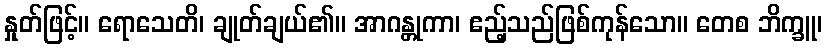
နှုတ်ဖြင့်။ ရောသေတိ၊ ချုတ်ချယ်၏။ အာဂန္တုကာ၊ ဧည့်သည်ဖြစ်ကုန်သော။ တေစ ဘိက္ခူ၊